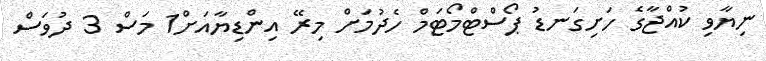
ނިޔާވި ކުއްޖާގެ ހަށިގަނޑު ޕޯސްޓްމޯޓަމް ހެދުމަށް މިރޭ އިންޑިޔާއަށް1 މަސް 3 ދުވަސް